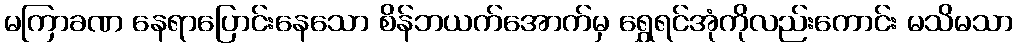
မကြာခဏ နေရာပြောင်းနေသော စိန်ဘယက်အောက်မှ ရွှေရင်အုံကိုလည်းကောင်း မသိမသာ